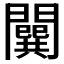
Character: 𨶷